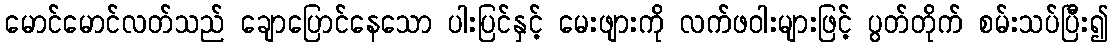
မောင်မောင်လတ်သည် ချောပြောင်နေသော ပါးပြင်နှင့် မေးဖျားကို လက်ဖဝါးများဖြင့် ပွတ်တိုက် စမ်းသပ်ပြီး၍